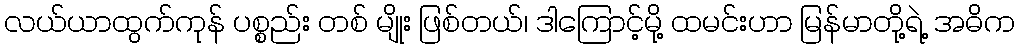
လယ်ယာထွက်ကုန် ပစ္စည်း တစ် မျိုး ဖြစ်တယ်၊ ဒါကြောင့်မို့ ထမင်းဟာ မြန်မာတို့ရဲ့ အဓိက